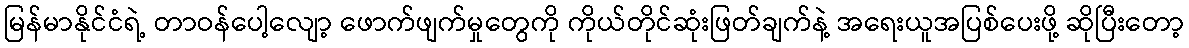
မြန်မာနိုင်ငံရဲ့ တာဝန်ပေါ့လျော့ ဖောက်ဖျက်မှုတွေကို ကိုယ်တိုင်ဆုံးဖြတ်ချက်နဲ့ အရေးယူအပြစ်ပေးဖို့ ဆိုပြီးတော့